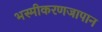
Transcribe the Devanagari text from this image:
भस्मीकरणजापान